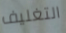
التغليف